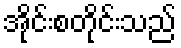
အိုင်းစတိုင်းသည်